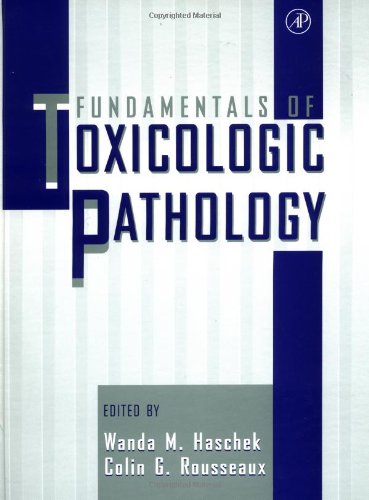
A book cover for Fundamentals of Toxicologic Pathology; Colin G. Rousseaux; Medical Books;